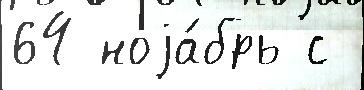
64 ноjа́брь с